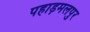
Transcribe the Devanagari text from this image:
पहाड़मलपुर